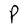
Character: P